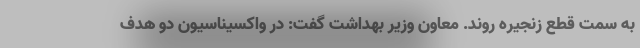
به سمت قطع زنجیره روند. معاون وزیر بهداشت گفت: در واکسیناسیون دو هدف